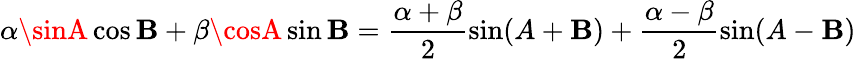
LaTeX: \alpha\sinA\cos\mathbf{B}+\beta\cosA\sin\mathbf{B}=\frac{{\alpha+\beta}}{{2}}\sin(A+\mathbf{B})+\frac{{\alpha-\beta}}{{2}}\sin(A-\mathbf{B})